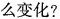
么变化?